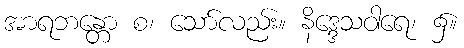
အာရဘန္တော စ၊ သော်လည်း။ နိဒ္ဒေသဝါရေ၊ ၌။